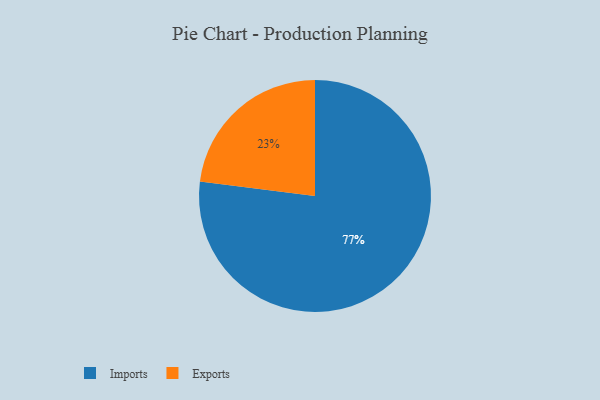
{"axis": {"x": "Category", "y": "Percentage"}, "legend": ["Exports", "Imports"], "data": [{"x": "Exports", "y": 23, "type": "Exports"}, {"x": "Imports", "y": 77, "type": "Imports"}]}